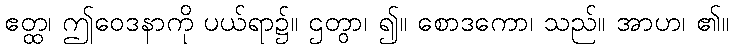
ဧတ္ထ၊ ဤဝေဒနာကို ပယ်ရာ၌။ ဌတွာ၊ ၍။ စောဒကော၊ သည်။ အာဟ၊ ၏။